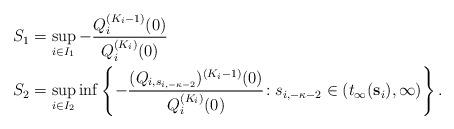
LaTeX: \begin{align*}S_1 &= \sup_{i\in I_1} -\frac{Q_{i}^{(K_i-1)}(0)}{Q_{i}^{(K_i)}(0)}\\S_2 &= \sup_{i\in I_2} \inf\left\{ -\frac{(Q_{i,s_{i,-\kappa-2}})^{(K_i-1)}(0)}{Q_{i}^{(K_i)}(0)}\!: s_{i,-\kappa-2}\in (t_{\infty}(\mathbf{s}_{i}),\infty)\right\}.\end{align*}